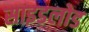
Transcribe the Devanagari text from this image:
साइडलोड